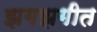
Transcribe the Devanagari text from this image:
झगझगीत